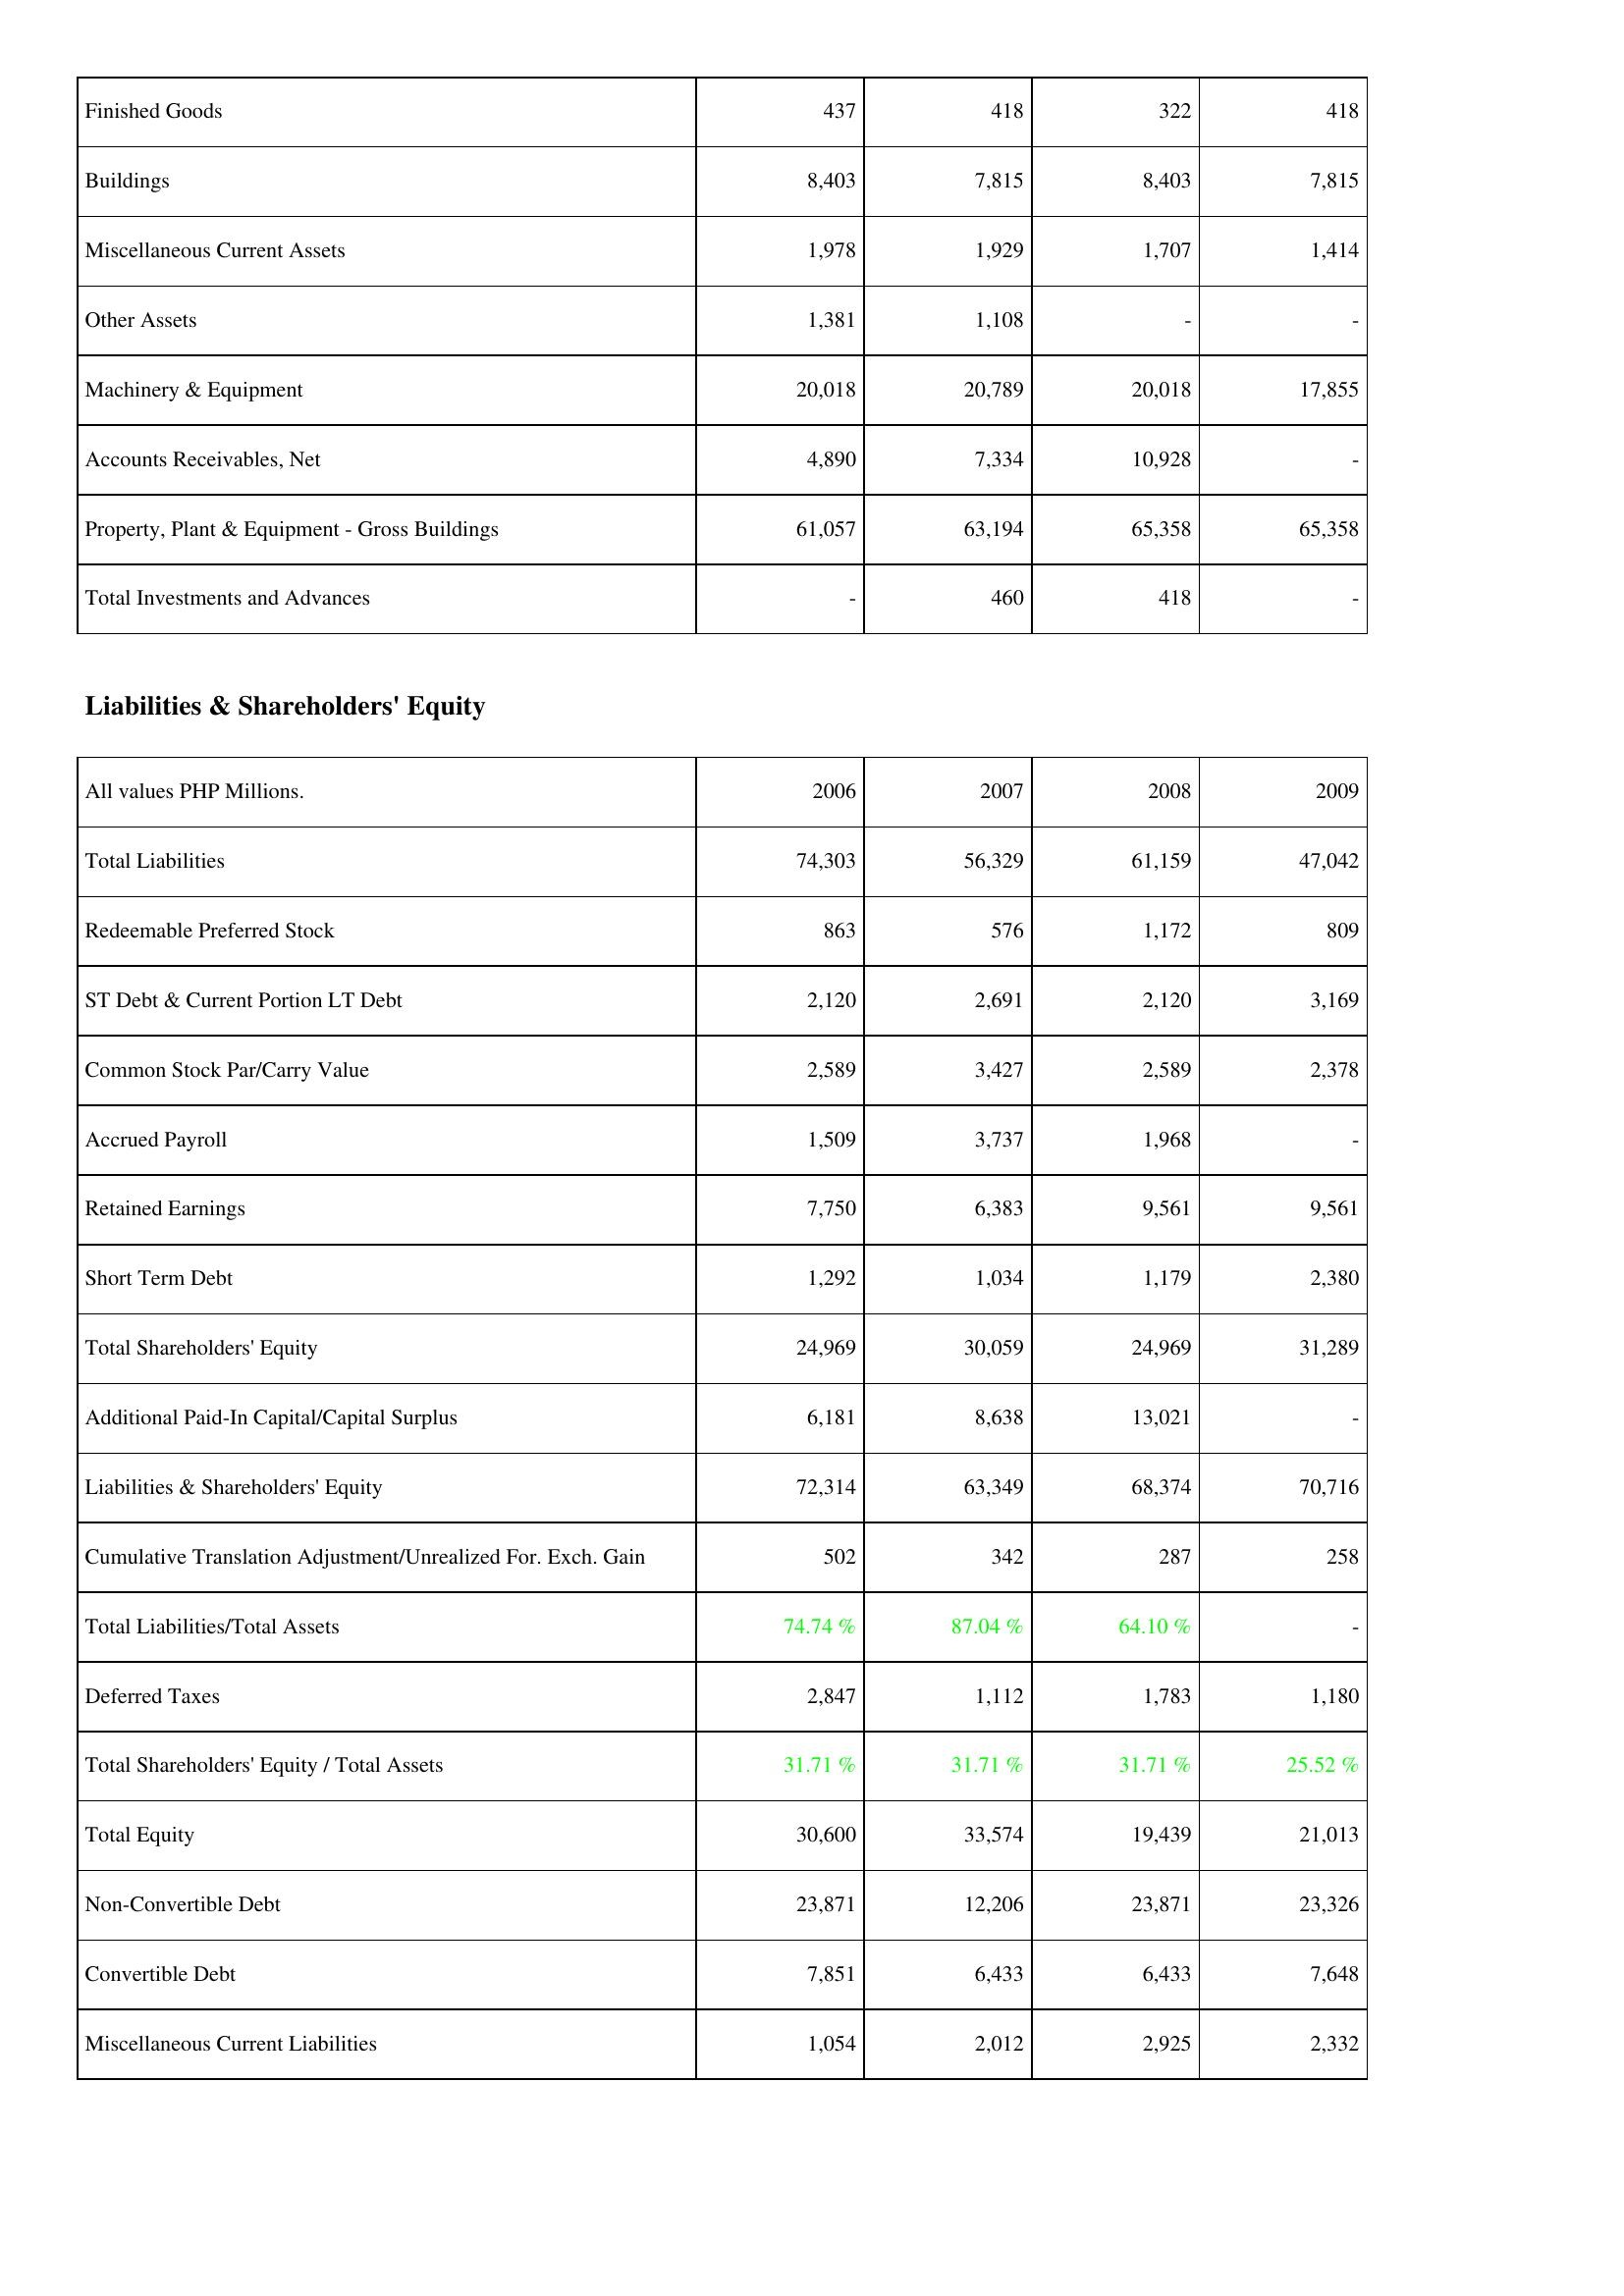
2006: Assets: Finished Goods: 437
Buildings: 8,403
Miscellaneous Current Assets: 1,978
Other Assets: 1,381
Machinery & Equipment: 20,018
Accounts Receivables, Net: 4,890
Property, Plant & Equipment - Gross Buildings: 61,057
Total Investments and Advances: -
Liabilities & Shareholders' Equity: Total Liabilities: 74,303
Redeemable Preferred Stock: 863
ST Debt & Current Portion LT Debt: 2,120
Common Stock Par/Carry Value: 2,589
Accrued Payroll: 1,509
Retained Earnings: 7,750
Short Term Debt: 1,292
Total Shareholders' Equity: 24,969
Additional Paid-In Capital/Capital Surplus: 6,181
Liabilities & Shareholders' Equity: 72,314
Cumulative Translation Adjustment/Unrealized For. Exch. Gain: 502
Total Liabilities/Total Assets: 74.74 %
Deferred Taxes: 2,847
Total Shareholders' Equity / Total Assets: 31.71 %
Total Equity: 30,600
Non-Convertible Debt: 23,871
Convertible Debt: 7,851
Miscellaneous Current Liabilities: 1,054
2007: Assets: Finished Goods: 418
Buildings: 7,815
Miscellaneous Current Assets: 1,929
Other Assets: 1,108
Machinery & Equipment: 20,789
Accounts Receivables, Net: 7,334
Property, Plant & Equipment - Gross Buildings: 63,194
Total Investments and Advances: 460
Liabilities & Shareholders' Equity: Total Liabilities: 56,329
Redeemable Preferred Stock: 576
ST Debt & Current Portion LT Debt: 2,691
Common Stock Par/Carry Value: 3,427
Accrued Payroll: 3,737
Retained Earnings: 6,383
Short Term Debt: 1,034
Total Shareholders' Equity: 30,059
Additional Paid-In Capital/Capital Surplus: 8,638
Liabilities & Shareholders' Equity: 63,349
Cumulative Translation Adjustment/Unrealized For. Exch. Gain: 342
Total Liabilities/Total Assets: 87.04 %
Deferred Taxes: 1,112
Total Shareholders' Equity / Total Assets: 31.71 %
Total Equity: 33,574
Non-Convertible Debt: 12,206
Convertible Debt: 6,433
Miscellaneous Current Liabilities: 2,012
2008: Assets: Finished Goods: 322
Buildings: 8,403
Miscellaneous Current Assets: 1,707
Other Assets: -
Machinery & Equipment: 20,018
Accounts Receivables, Net: 10,928
Property, Plant & Equipment - Gross Buildings: 65,358
Total Investments and Advances: 418
Liabilities & Shareholders' Equity: Total Liabilities: 61,159
Redeemable Preferred Stock: 1,172
ST Debt & Current Portion LT Debt: 2,120
Common Stock Par/Carry Value: 2,589
Accrued Payroll: 1,968
Retained Earnings: 9,561
Short Term Debt: 1,179
Total Shareholders' Equity: 24,969
Additional Paid-In Capital/Capital Surplus: 13,021
Liabilities & Shareholders' Equity: 68,374
Cumulative Translation Adjustment/Unrealized For. Exch. Gain: 287
Total Liabilities/Total Assets: 64.10 %
Deferred Taxes: 1,783
Total Shareholders' Equity / Total Assets: 31.71 %
Total Equity: 19,439
Non-Convertible Debt: 23,871
Convertible Debt: 6,433
Miscellaneous Current Liabilities: 2,925
2009: Assets: Finished Goods: 418
Buildings: 7,815
Miscellaneous Current Assets: 1,414
Other Assets: -
Machinery & Equipment: 17,855
Accounts Receivables, Net: -
Property, Plant & Equipment - Gross Buildings: 65,358
Total Investments and Advances: -
Liabilities & Shareholders' Equity: Total Liabilities: 47,042
Redeemable Preferred Stock: 809
ST Debt & Current Portion LT Debt: 3,169
Common Stock Par/Carry Value: 2,378
Accrued Payroll: -
Retained Earnings: 9,561
Short Term Debt: 2,380
Total Shareholders' Equity: 31,289
Additional Paid-In Capital/Capital Surplus: -
Liabilities & Shareholders' Equity: 70,716
Cumulative Translation Adjustment/Unrealized For. Exch. Gain: 258
Total Liabilities/Total Assets: -
Deferred Taxes: 1,180
Total Shareholders' Equity / Total Assets: 25.52 %
Total Equity: 21,013
Non-Convertible Debt: 23,326
Convertible Debt: 7,648
Miscellaneous Current Liabilities: 2,332